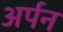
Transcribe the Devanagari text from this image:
अर्पन